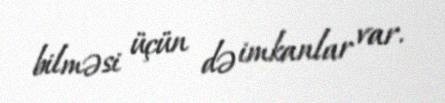
bilməsi üçün də imkanlar var.